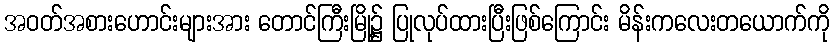
အဝတ်အစားဟောင်းများအား တောင်ကြီးမြို့၌ ပြုလုပ်ထားပြီးဖြစ်ကြောင်း မိန်းကလေးတယောက်ကို